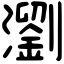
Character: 瀏